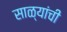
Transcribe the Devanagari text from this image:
साळ्यांची